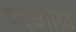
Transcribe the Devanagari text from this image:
परधारित